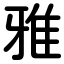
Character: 雅